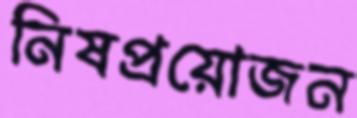
নিষপ্রয়োজন